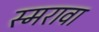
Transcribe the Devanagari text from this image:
स्मरावा